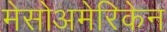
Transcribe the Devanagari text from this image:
मेसोअमेरिकेन